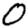
Digit: 0